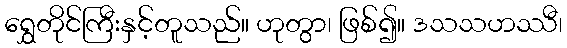
ရွှေတိုင်ကြီးနှင့်တူသည်။ ဟုတွာ၊ ဖြစ်၍။ ဒသသဟဿီ၊